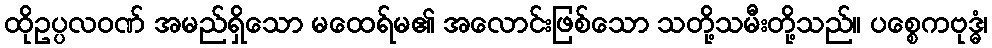
ထိုဥပ္ပလဝဏ် အမည်ရှိသော မထေရ်မ၏ အလောင်းဖြစ်သော သတို့သမီးတို့သည်။ ပစ္စေကဗုဒ္ဓံ၊